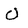
Character: O